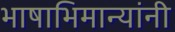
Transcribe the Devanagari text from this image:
भाषाभिमान्यांनी